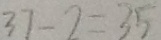
3 7 - 2 = 3 5